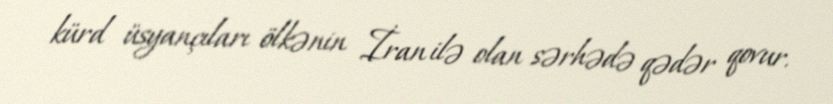
kürd üsyançıları ölkənin İran ilə olan sərhədə qədər qovur.